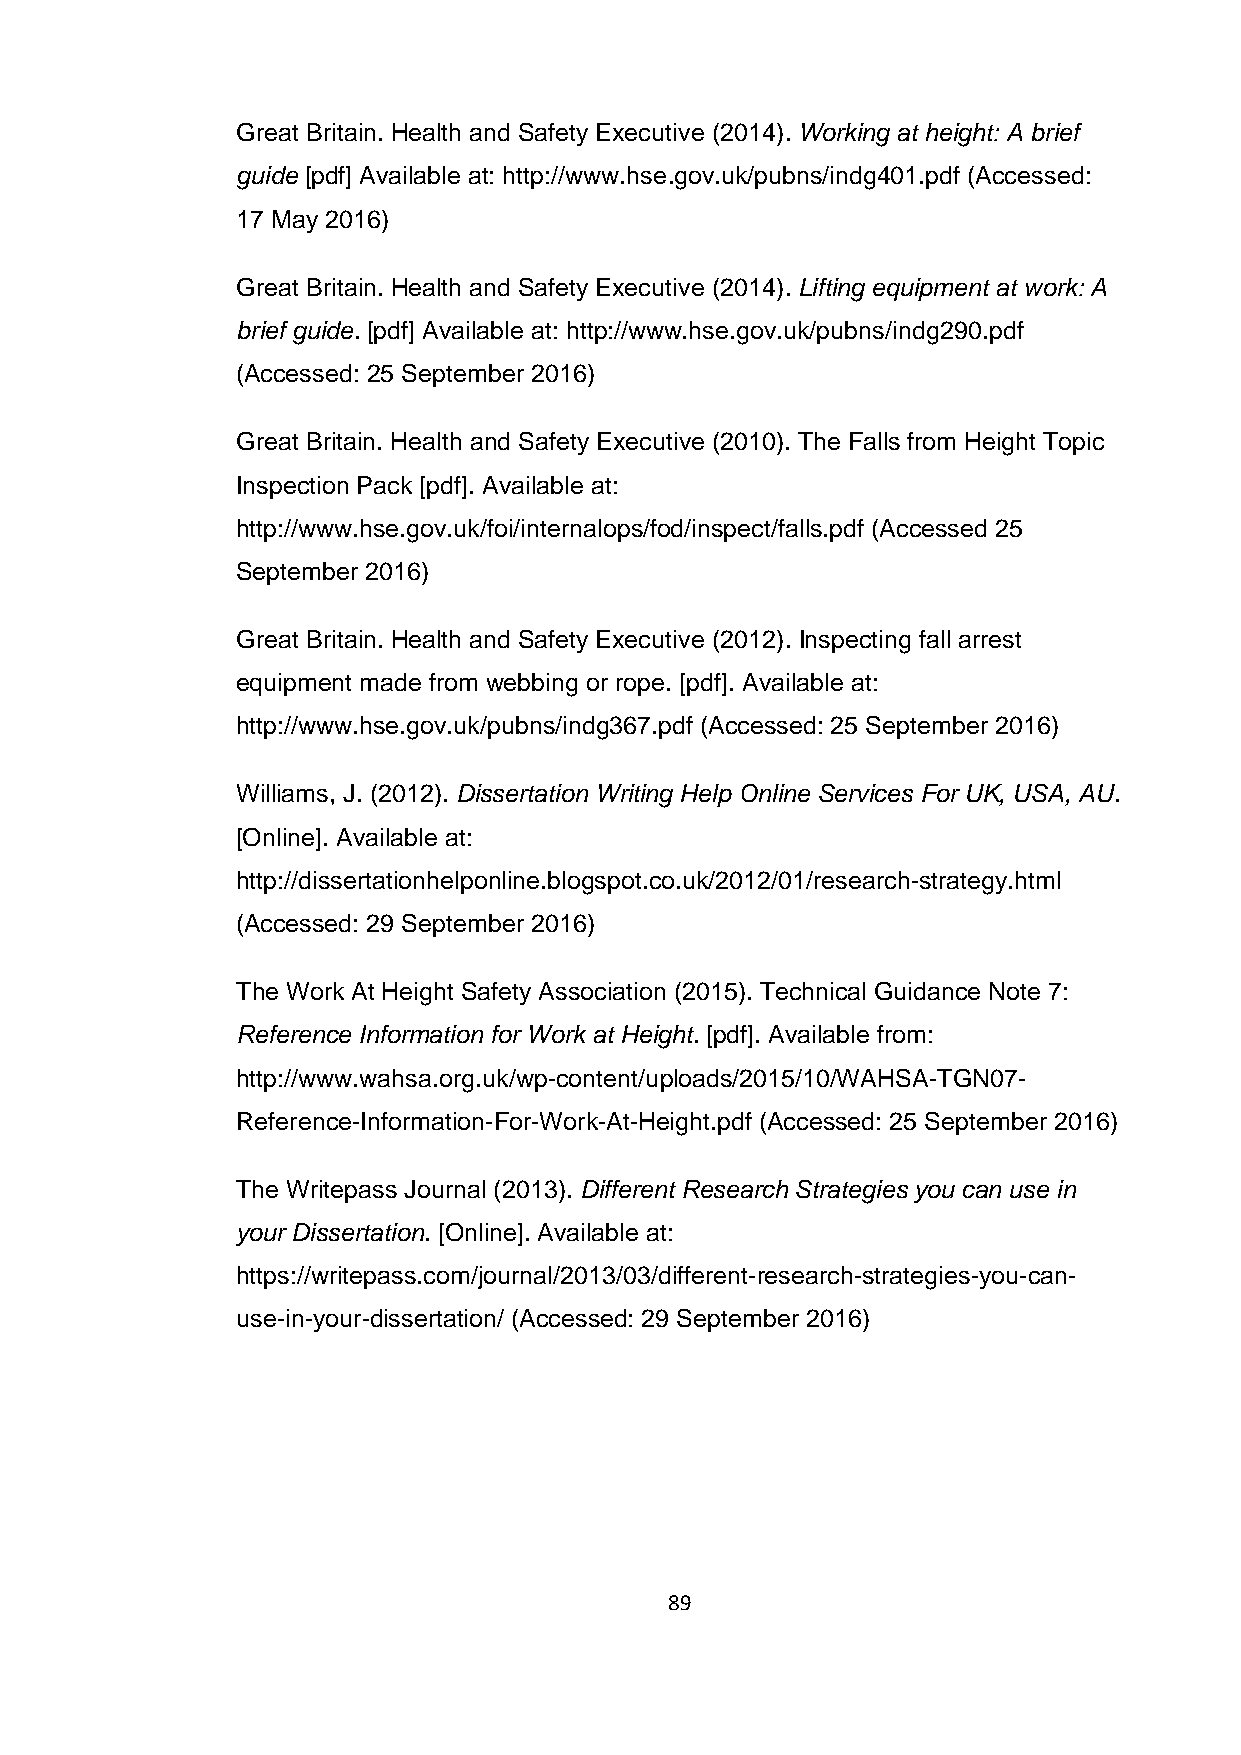
Great Britain. Health and Safety Executive (2014). Working at height: A brief
 guide [pdf] Available at: http://www.hse.gov.uk/pubns/indg401.pdf (Accessed:
 17 May 2016)
 Great Britain. Health and Safety Executive (2014). Lifting equipment at work: A
 brief guide. [pdf] Available at: http://www.hse.gov.uk/pubns/indg290.pdf
 (Accessed: 25 September 2016)
 Great Britain. Health and Safety Executive (2010). The Falls from Height Topic
 Inspection Pack [pdf]. Available at:
 http://www.hse.gov.uk/foi/internalops/fod/inspect/falls.pdf (Accessed 25
 September 2016)
 Great Britain. Health and Safety Executive (2012). Inspecting fall arrest
 equipment made from webbing or rope. [pdf]. Available at:
 http://www.hse.gov.uk/pubns/indg367.pdf (Accessed: 25 September 2016)
 Williams, J. (2012). Dissertation Writing Help Online Services For UK, USA, AU.
 [Online]. Available at:
 http://dissertationhelponline.blogspot.co.uk/2012/01/research-strategy.html
 (Accessed: 29 September 2016)
 The Work At Height Safety Association (2015). Technical Guidance Note 7:
 Reference Information for Work at Height. [pdf]. Available from:
 http://www.wahsa.org.uk/wp-content/uploads/2015/10/WAHSA-TGN07-
 Reference-Information-For-Work-At-Height.pdf (Accessed: 25 September 2016)
 The Writepass Journal (2013). Different Research Strategies you can use in
 your Dissertation. [Online]. Available at:
 https://writepass.com/journal/2013/03/different-research-strategies-you-can-
 use-in-your-dissertation/ (Accessed: 29 September 2016)
 89